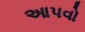
આપવો